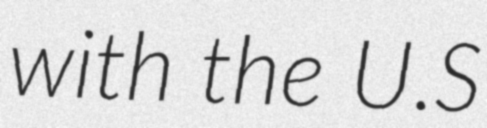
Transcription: with the U.S